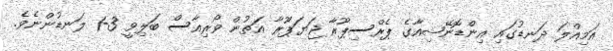
އަމިއްލަ ދަނޑުގައި އިންޑޮނޭޝިއާގެ ޕެރްސިޕޫރާ ޖަޔަޕޫރާ އަތުން ވޯރިއާސް ބަލިވީ 3-1 ލަނޑުންނެވެ.